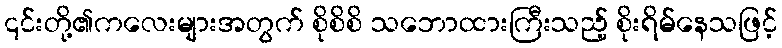
၎င်းတို့၏ကလေးများအတွက် စိုစိစိ သဘောထားကြီးသည့် စိုးရိမ်နေသဖြင့်